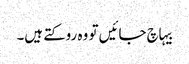
بیہاچ جائیں تو وہ روکتے ہیں۔